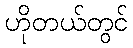
ဟိုတယ်တွင်